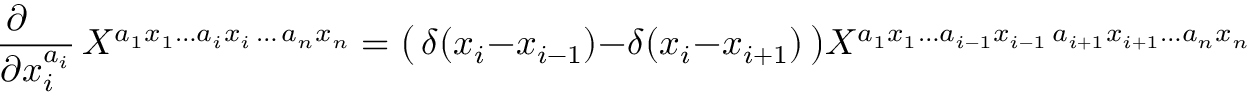
\frac { \partial \phantom { i i i } } { \partial x _ { i } ^ { a _ { i } } } \, X ^ { a _ { 1 } x _ { 1 } \ldots a _ { i } x _ { i } \, \ldots \, a _ { n } x _ { n } } = \bigl ( \, \delta ( x _ { i } - x _ { i - 1 } ) - \delta ( x _ { i } - x _ { i + 1 } ) \, \bigr ) X ^ { a _ { 1 } x _ { 1 } \ldots a _ { i - 1 } x _ { i - 1 } \, a _ { i + 1 } x _ { i + 1 } \ldots a _ { n } x _ { n } }